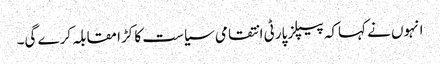
انہوں نے کہاکہ پیپلز پارٹی انتقامی سیاست کا کڑا مقابلہ کرے گی۔